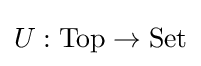
U:\mathrm {Top} \to \mathrm {Set}